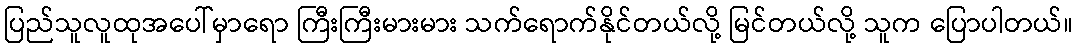
ပြည်သူလူထုအပေါ်မှာရော ကြီးကြီးမားမား သက်ရောက်နိုင်တယ်လို့ မြင်တယ်လို့ သူက ပြောပါတယ်။